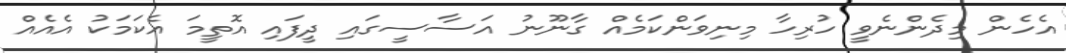
އެހެން މިދެންނެވީ ހުރިހާ މިނިވަންކަމެއް ގާނޫނު އަސާސީގައި ދީފައި އޮތީމަ އެކަމަކު އެއެއް